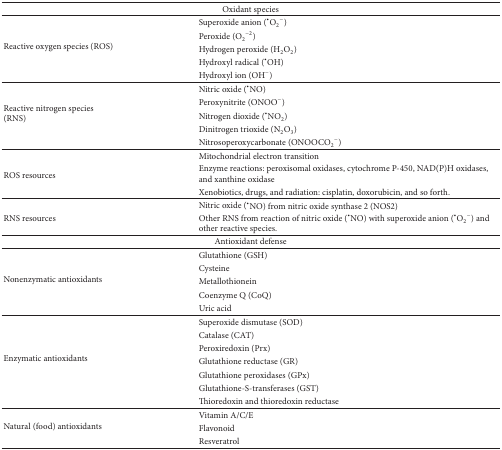
<table><thead><tr><td colspan="2"><b>Oxidant species</b></td></tr></thead><tbody><tr><td rowspan="5">Reactive oxygen species (ROS)</td><td>Superoxide anion (<sup>∙</sup>O<sub>2</sub><sup>−</sup>)</td></tr><tr><td>Peroxide (O<sub>2</sub><sup>−2</sup>) </td></tr><tr><td>Hydrogen peroxide (H<sub>2</sub>O<sub>2</sub>)</td></tr><tr><td>Hydroxyl radical (<sup>∙</sup>OH) </td></tr><tr><td>Hydroxyl ion (OH<sup>−</sup>)</td></tr><tr><td rowspan="5">Reactive nitrogen species (RNS)</td><td>Nitric oxide (<sup>∙</sup>NO) </td></tr><tr><td>Peroxynitrite (ONOO<sup>−</sup>)</td></tr><tr><td>Nitrogen dioxide (<sup>∙</sup>NO<sub>2</sub>)</td></tr><tr><td>Dinitrogen trioxide (N<sub>2</sub>O<sub>3</sub>)</td></tr><tr><td>Nitrosoperoxycarbonate (ONOOCO<sub>2</sub><sup>−</sup>)</td></tr><tr><td rowspan="3">ROS resources</td><td>Mitochondrial electron transition</td></tr><tr><td>Enzyme reactions: peroxisomal oxidases, cytochrome P-450, NAD(P)H oxidases, and xanthine oxidase</td></tr><tr><td>Xenobiotics, drugs, and radiation: cisplatin, doxorubicin, and so forth.</td></tr><tr><td rowspan="2">RNS resources</td><td>Nitric oxide (<sup>∙</sup>NO) from nitric oxide synthase 2 (NOS2)</td></tr><tr><td>Other RNS from reaction of nitric oxide (<sup>∙</sup>NO) with superoxide anion (<sup>∙</sup>O<sub>2</sub><sup>−</sup>) and other reactive species.</td></tr><tr><td colspan="2">Antioxidant defense</td></tr><tr><td rowspan="5">Nonenzymatic antioxidants</td><td>Glutathione (GSH)</td></tr><tr><td>Cysteine </td></tr><tr><td>Metallothionein</td></tr><tr><td>Coenzyme Q (CoQ)</td></tr><tr><td>Uric acid</td></tr><tr><td rowspan="7">Enzymatic antioxidants</td><td>Superoxide dismutase (SOD)</td></tr><tr><td>Catalase (CAT)</td></tr><tr><td>Peroxiredoxin (Prx)</td></tr><tr><td>Glutathione reductase (GR)</td></tr><tr><td>Glutathione peroxidases (GPx)</td></tr><tr><td>Glutathione-S-transferases (GST)</td></tr><tr><td>Thioredoxin and thioredoxin reductase</td></tr><tr><td rowspan="3">Natural (food) antioxidants</td><td>Vitamin A/C/E</td></tr><tr><td>Flavonoid</td></tr><tr><td>Resveratrol</td></tr></tbody></table>